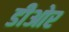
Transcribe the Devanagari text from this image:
डीओर